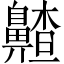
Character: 齄